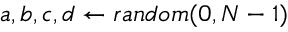
\qquad \ { a , b , c , d \gets r a n d o m ( 0 , N - 1 ) }